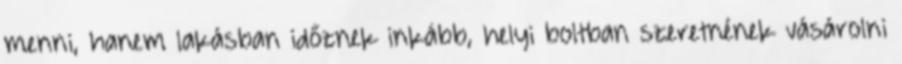
menni, hanem lakásban időznek inkább, helyi boltban szeretnének vásárolni